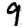
Digit: 9